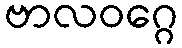
ဗာလဝဂ္ဂေ